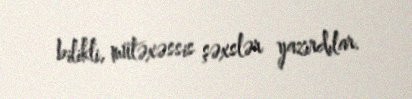
bilikli, mütəxəssis şəxslər yazırdılar.